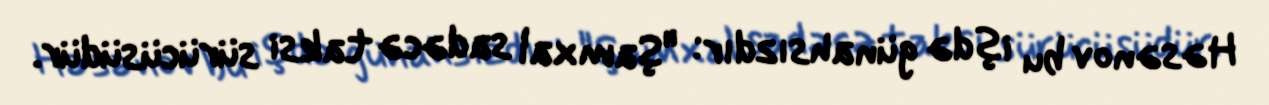
Həsənov bu işdə günahsızdır: "Şamxal sadəcə taksi sürücüsüdür.